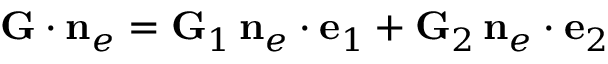
{ \bf G } \cdot { { \bf n } } _ { e } = { \bf G } _ { 1 } \, { { \bf n } } _ { e } \cdot { \bf e } _ { 1 } + { \bf G } _ { 2 } \, { { \bf n } } _ { e } \cdot { \bf e } _ { 2 }